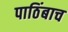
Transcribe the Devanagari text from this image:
पाठिंबाच